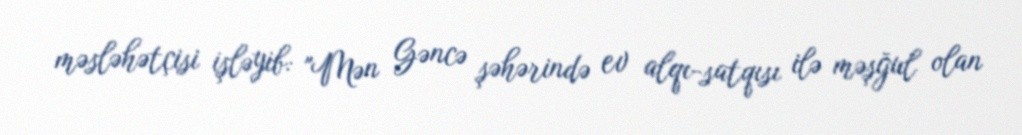
məsləhətçisi işləyib: "Mən Gəncə şəhərində ev alqı-satqısı ilə məşğul olan